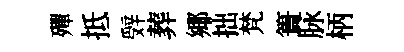
殫抵辤葬鄊拙梵簣脉柄